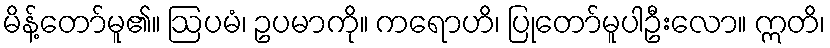
မိန့်တော်မူ၏။ ဩပမံ၊ ဥပမာကို။ ကရောဟိ၊ ပြုတော်မူပါဦးလော။ ဣတိ၊